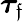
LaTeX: \boldsymbol{\tau}_{\mathfrak{f}}